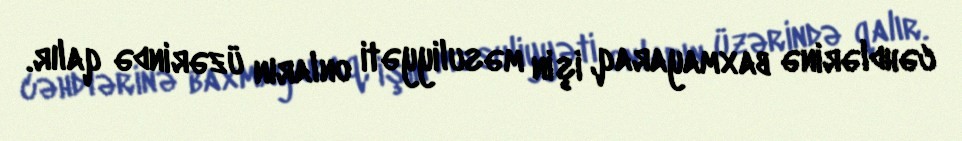
cəhdlərinə baxmayaraq, işin məsuliyyəti onların üzərində qalır.